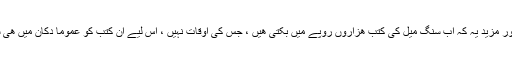
شائد سب تخلیقی لوگوں کو میڈیا کھا گیا اور مزید یہ کہ اب سنگ میل کی کتب ھزاروں روپے میں بکتی ھیں ، جس کی اوقات نہیں ، اس لیے اُن کتب کو عموماً دکان میں ھی سپیڈ ریڈنگ کر کے پھڑُس کر دیتا ہوں)۔